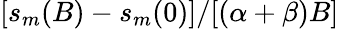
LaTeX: [s_{m}(B)-s_{m}(0)]/[(\alpha+\beta)B]